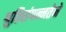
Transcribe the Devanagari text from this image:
श्रुतिसंपन्नतेने